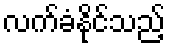
လက်ခံနိုင်သည့်